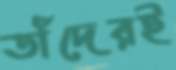
তাঁদেরই